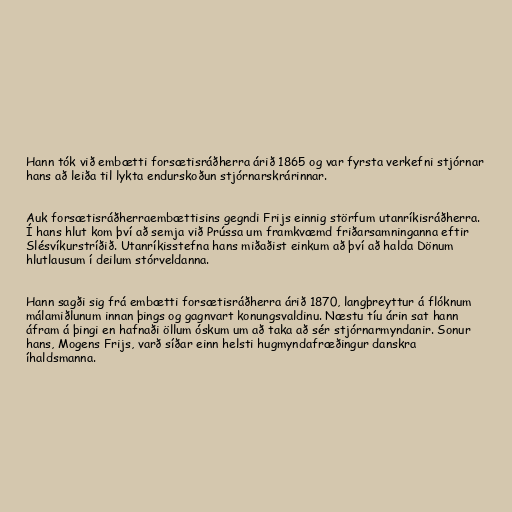
Hann tók við embætti forsætisráðherra árið 1865 og var fyrsta verkefni stjórnar
hans að leiða til lykta endurskoðun stjórnarskrárinnar.

Auk forsætisráðherraembættisins gegndi Frijs einnig störfum utanríkisráðherra.
Í hans hlut kom því að semja við Prússa um framkvæmd friðarsamninganna eftir
Slésvíkurstríðið. Utanríkisstefna hans miðaðist einkum að því að halda Dönum
hlutlausum í deilum stórveldanna.

Hann sagði sig frá embætti forsætisráðherra árið 1870, langþreyttur á flóknum
málamiðlunum innan þings og gagnvart konungsvaldinu. Næstu tíu árin sat hann
áfram á þingi en hafnaði öllum óskum um að taka að sér stjórnarmyndanir. Sonur
hans, Mogens Frijs, varð síðar einn helsti hugmyndafræðingur danskra
íhaldsmanna.